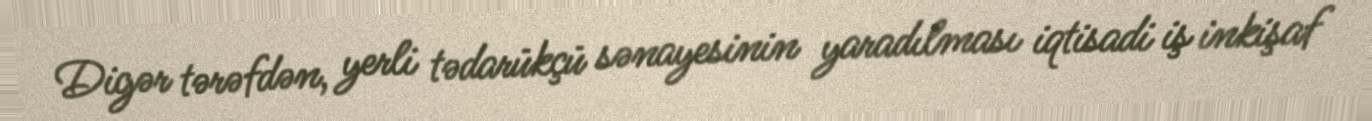
Digər tərəfdən, yerli tədarükçü sənayesinin yaradılması iqtisadi iş inkişaf